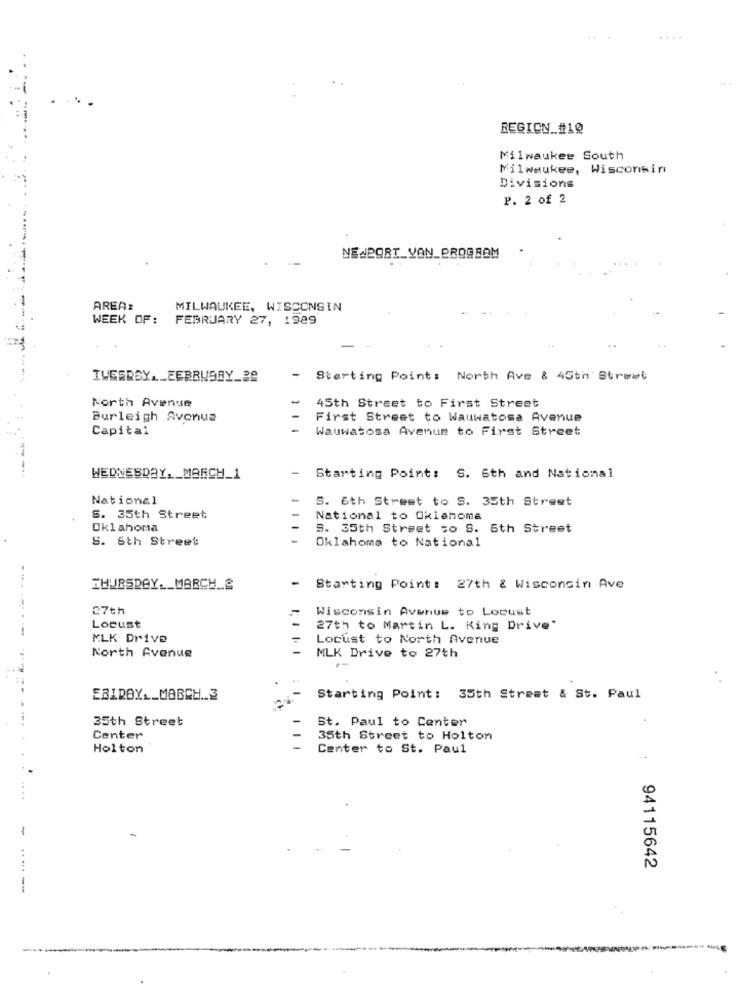
REGION_#10
....
Milwaukee South
Milwaukee, Wisconsin
Divisions
P. 2 of 2
NEWPORT_VON_PROGROM
AREA:
MILWAUKEE, WISCONSIN
WEEK OF: FEBRUARY 27, 1989
IVESREY ._ FEBRUARY_29
-
Starting Point: North Ave & 45th Street
North Avenue
-
45th Street to First Street
Burleigh Avenue
First Street to Wauwatosa Avenue
Capital
Wauwatosa Avenue to First Street
WEDNESDAY, _ MARCH_1
Starting Point: S. 6th and National
National
S. 6th Street to S. 35th Street
S. 35th Street
National to Oklahoma
Oklahoma
S. 35th Street to S. 6th Street
S. 6th Street
Oklahoma to National
THURSDAY __ MARCH &
Starting Point: 27th & Wisconsin Ave
27th
Wisconsin Avenue to Locust
Locust
27th to Martin L. King Drive"
MLK Drive
Locust to North Avenue
North Avenue
MLK Drive to 27th
EBIROY __ MARCH .. 3
Starting Point: 35th Street & St. Paul
35th Street
St. Paul to Center
Center
35th Street to Holton
Holton
Center to St. Paul
94115642
.-.-
-----